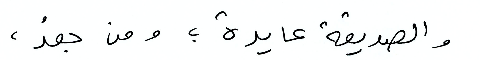
والصديقة عايدة؛ ومن بعدُ،